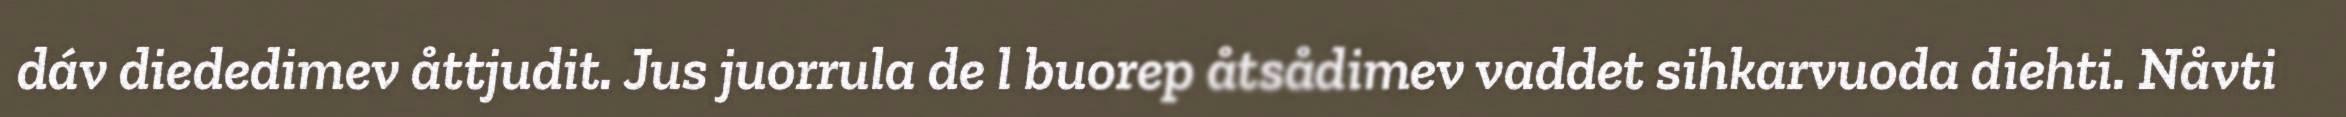
dáv diededimev åttjudit. Jus juorrula de l buorep åtsådimev vaddet sihkarvuoda diehti. Nåvti